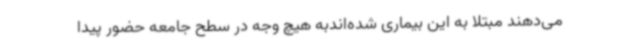
می‌دهند مبتلا به این بیماری شده‌اندبه هیچ وجه در سطح جامعه حضور پیدا